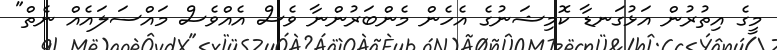
މީގެ އިތުރުން އަޅުގަނޑާ ކޮމިޝަނުގެ އެހެން މެންބަރުންނާ ވެސް އެއްވެސް މައްސަލައެއް ނެތް"